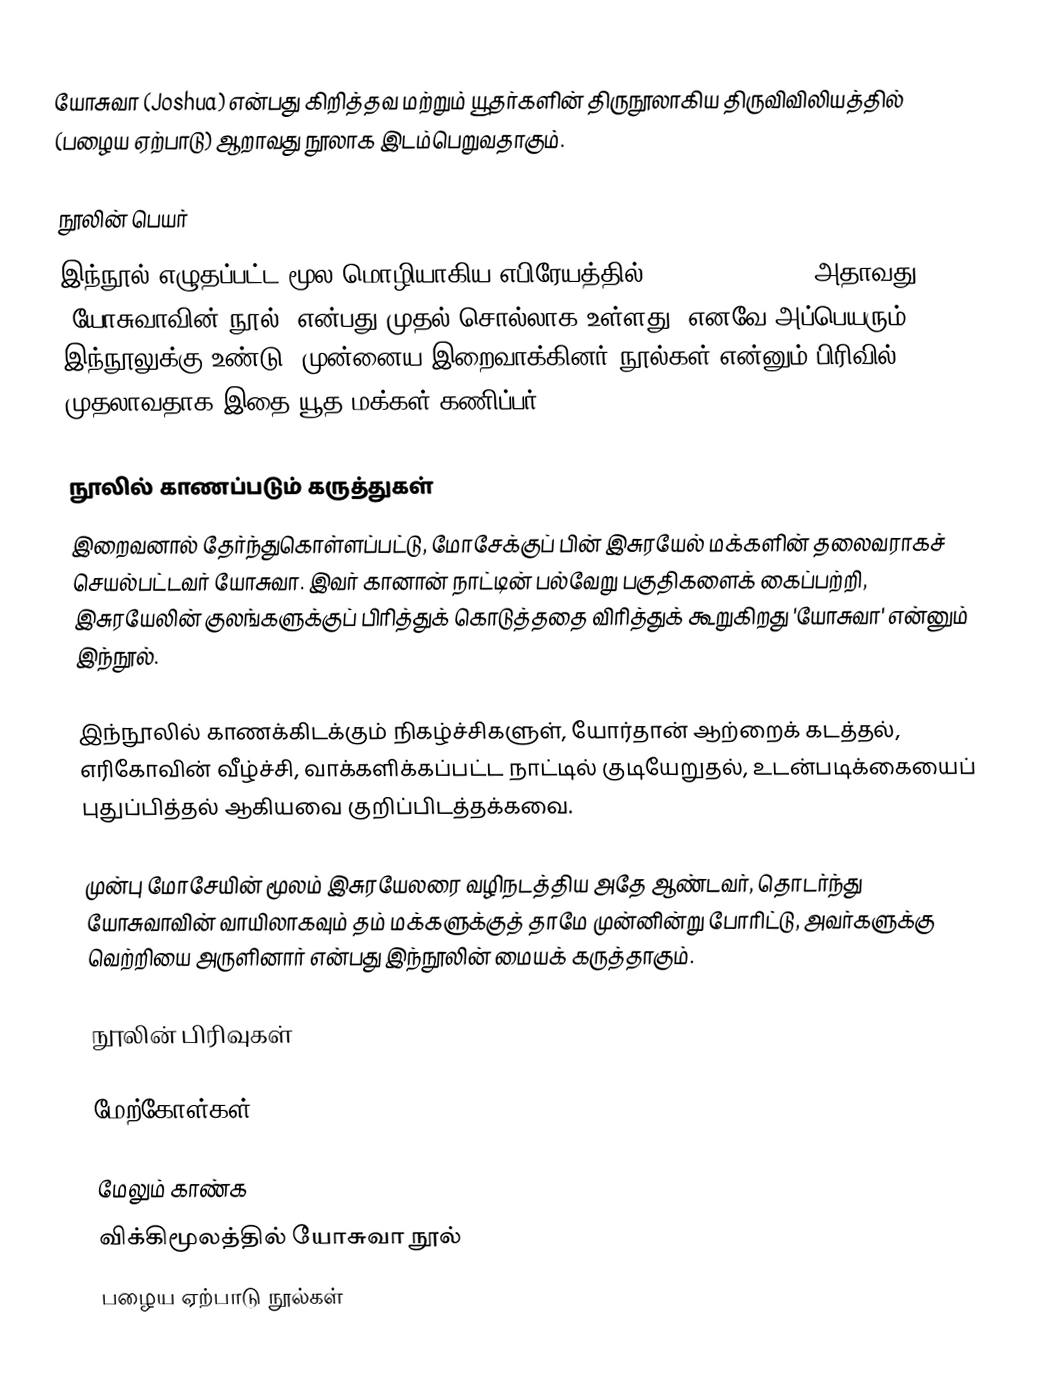
யோசுவா (Joshua) என்பது கிறித்தவ மற்றும் யூதர்களின் திருநூலாகிய திருவிவிலியத்தில் (பழைய ஏற்பாடு) ஆறாவது நூலாக இடம்பெறுவதாகும்.

நூலின் பெயர்
இந்நூல் எழுதப்பட்ட மூல மொழியாகிய எபிரேயத்தில் "Sefer Y'hoshua" அதாவது "யோசுவாவின் நூல்" என்பது முதல் சொல்லாக உள்ளது. எனவே அப்பெயரும் இந்நூலுக்கு உண்டு. முன்னைய இறைவாக்கினர் நூல்கள் என்னும் பிரிவில் முதலாவதாக இதை யூத மக்கள் கணிப்பர்.

நூலில் காணப்படும் கருத்துகள்
இறைவனால் தேர்ந்துகொள்ளப்பட்டு, மோசேக்குப் பின் இசுரயேல் மக்களின் தலைவராகச் செயல்பட்டவர் யோசுவா. இவர் கானான் நாட்டின் பல்வேறு பகுதிகளைக் கைப்பற்றி, இசுரயேலின் குலங்களுக்குப் பிரித்துக் கொடுத்ததை விரித்துக் கூறுகிறது 'யோசுவா' என்னும் இந்நூல்.

இந்நூலில் காணக்கிடக்கும் நிகழ்ச்சிகளுள், யோர்தான் ஆற்றைக் கடத்தல், எரிகோவின் வீழ்ச்சி, வாக்களிக்கப்பட்ட நாட்டில் குடியேறுதல், உடன்படிக்கையைப் புதுப்பித்தல் ஆகியவை குறிப்பிடத்தக்கவை.

முன்பு மோசேயின் மூலம் இசுரயேலரை வழிநடத்திய அதே ஆண்டவர், தொடர்ந்து யோசுவாவின் வாயிலாகவும் தம் மக்களுக்குத் தாமே முன்னின்று போரிட்டு, அவர்களுக்கு வெற்றியை அருளினார் என்பது இந்நூலின் மையக் கருத்தாகும்.

நூலின் பிரிவுகள்

மேற்கோள்கள்

மேலும் காண்க
விக்கிமூலத்தில் யோசுவா நூல்
பழைய ஏற்பாடு நூல்கள்